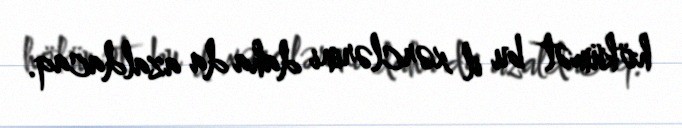
hökümət bu il xərclərini daha da azaldacaq.